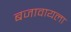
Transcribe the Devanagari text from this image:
बजावायला